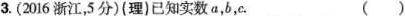
3. (2016 浙江,5 分)(理)已知实数a,b,c. ( )